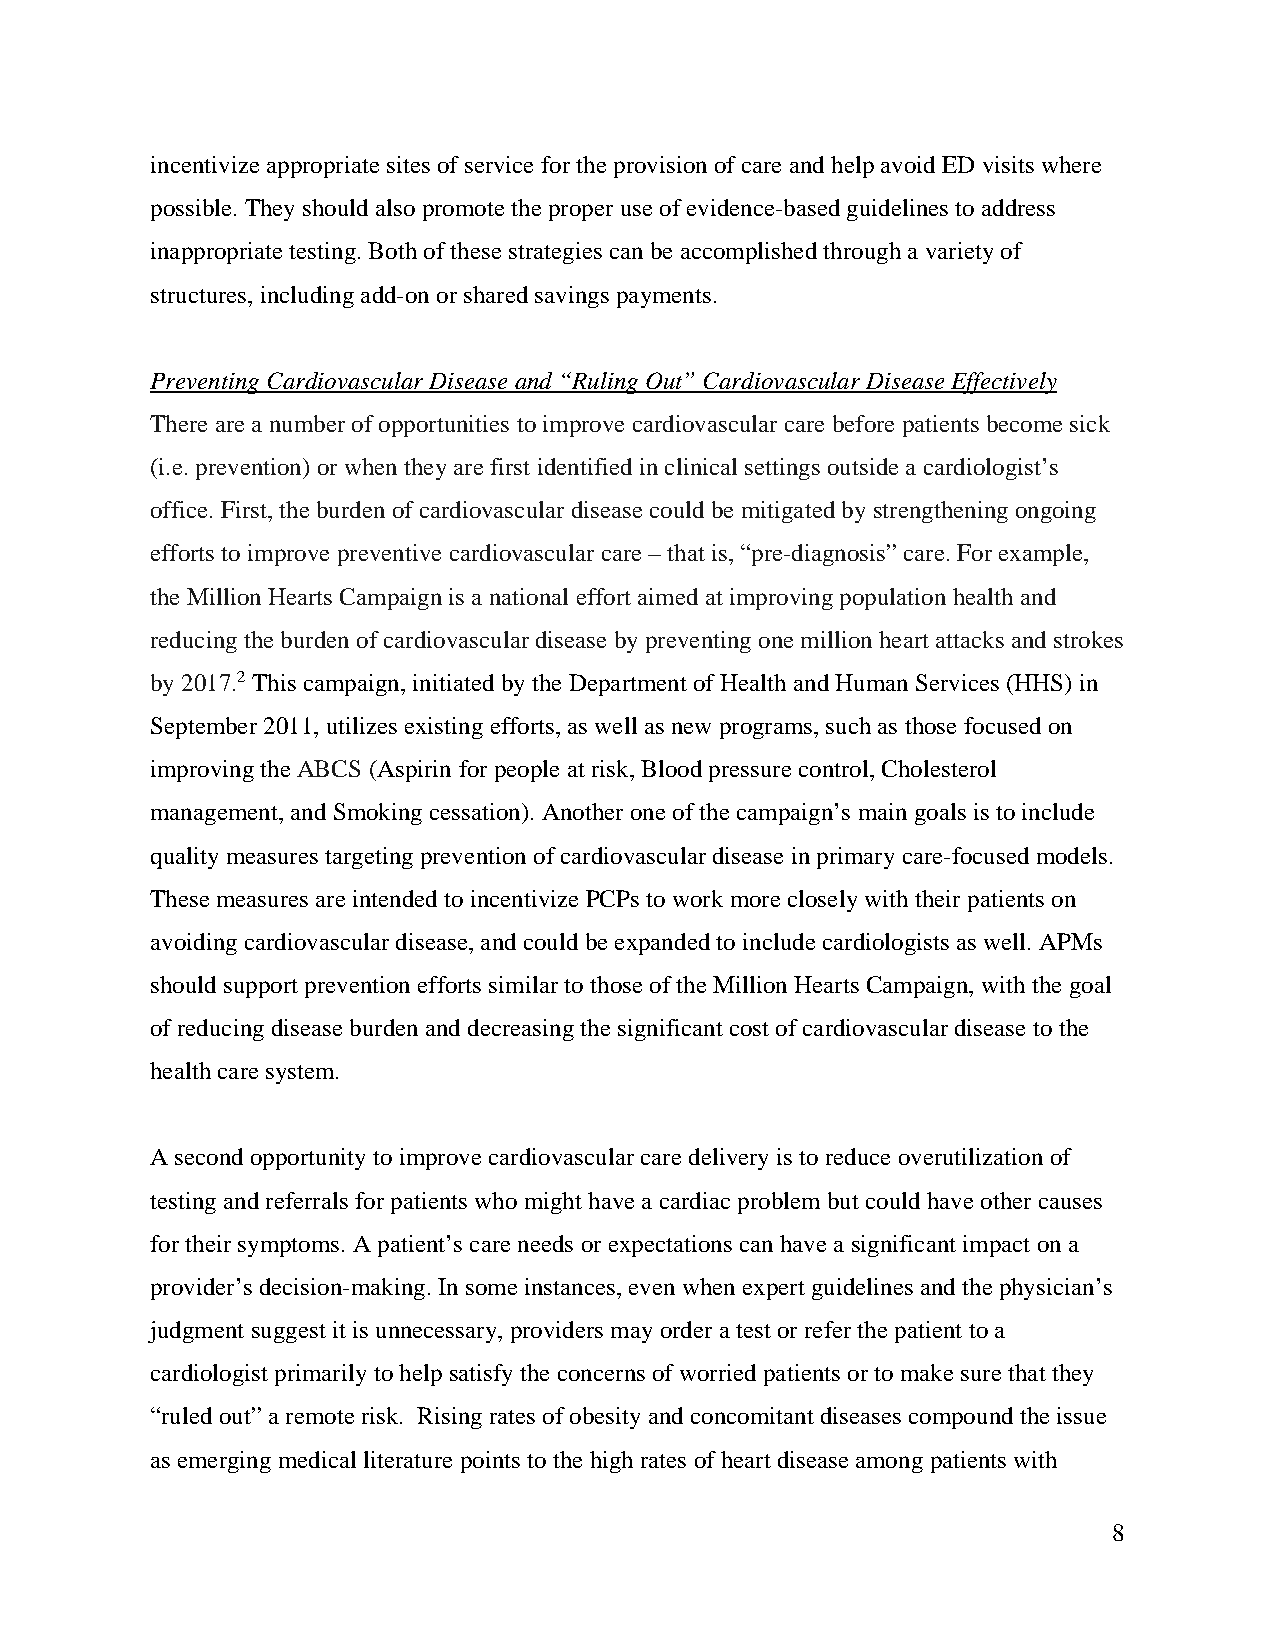
incentivize appropriate sites of service for the provision of care and help avoid ED visits where
 possible. They should also promote the proper use of evidence-based guidelines to address
 inappropriate testing. Both of these strategies can be accomplished through a variety of
 structures, including add-on or shared savings payments.
 Preventing Cardiovascular Disease and “Ruling Out” Cardiovascular Disease Effectively
 There are a number of opportunities to improve cardiovascular care before patients become sick
 (i.e. prevention) or when they are first identified in clinical settings outside a cardiologist’s
 office. First, the burden of cardiovascular disease could be mitigated by strengthening ongoing
 efforts to improve preventive cardiovascular care – that is, “pre-diagnosis” care. For example,
 the Million Hearts Campaign is a national effort aimed at improving population health and
 reducing the burden of cardiovascular disease by preventing one million heart attacks and strokes
 by 2017.2 This campaign, initiated by the Department of Health and Human Services (HHS) in
 September 2011, utilizes existing efforts, as well as new programs, such as those focused on
 improving the ABCS (Aspirin for people at risk, Blood pressure control, Cholesterol
 management, and Smoking cessation). Another one of the campaign’s main goals is to include
 quality measures targeting prevention of cardiovascular disease in primary care-focused models.
 These measures are intended to incentivize PCPs to work more closely with their patients on
 avoiding cardiovascular disease, and could be expanded to include cardiologists as well. APMs
 should support prevention efforts similar to those of the Million Hearts Campaign, with the goal
 of reducing disease burden and decreasing the significant cost of cardiovascular disease to the
 health care system.
 A second opportunity to improve cardiovascular care delivery is to reduce overutilization of
 testing and referrals for patients who might have a cardiac problem but could have other causes
 for their symptoms. A patient’s care needs or expectations can have a significant impact on a
 provider’s decision-making. In some instances, even when expert guidelines and the physician’s
 judgment suggest it is unnecessary, providers may order a test or refer the patient to a
 cardiologist primarily to help satisfy the concerns of worried patients or to make sure that they
 “ruled out” a remote risk. Rising rates of obesity and concomitant diseases compound the issue
 as emerging medical literature points to the high rates of heart disease among patients with
 8